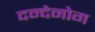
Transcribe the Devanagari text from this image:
दन्देनोग